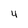
Character: 4